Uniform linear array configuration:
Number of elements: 8
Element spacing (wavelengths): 1
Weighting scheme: hamming
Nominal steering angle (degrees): -15
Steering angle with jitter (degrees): -13.119
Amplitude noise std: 0.05
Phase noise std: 0.05

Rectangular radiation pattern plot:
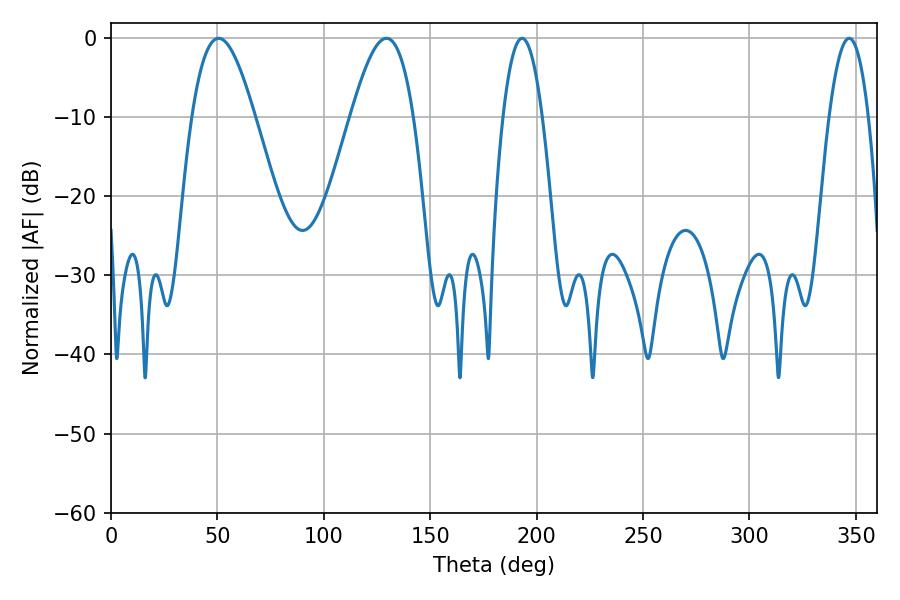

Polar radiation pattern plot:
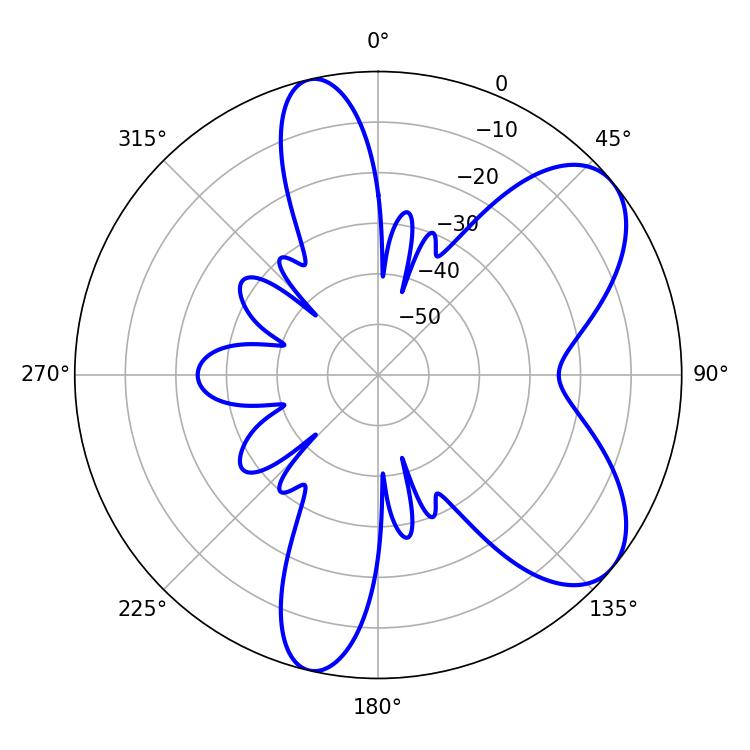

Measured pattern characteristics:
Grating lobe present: TRUE
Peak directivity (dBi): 7.124
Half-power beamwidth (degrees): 16.02
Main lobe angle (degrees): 50.58